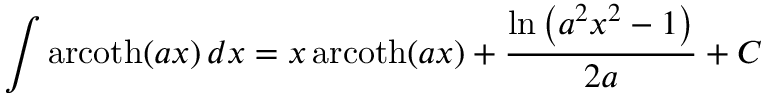
\int \operatorname { a r c o t h } ( a x ) \, d x = x \operatorname { a r c o t h } ( a x ) + { \frac { \ln \left( a ^ { 2 } x ^ { 2 } - 1 \right) } { 2 a } } + C